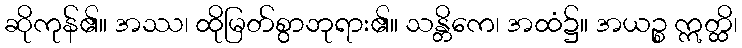
ဆိုကုန်၏။ အဿ၊ ထိုမြတ်စွာဘုရား၏။ သန္တိကေ၊ အထံ၌။ အယဉ္စ ဣတ္ထိ၊